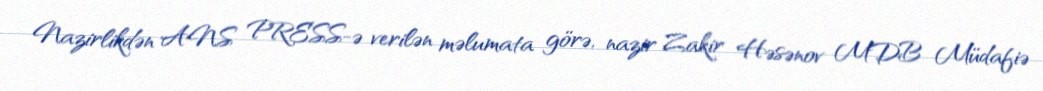
Nazirlikdən ANS PRESS-ə verilən məlumata görə, nazir Zakir Həsənov MDB Müdafiə